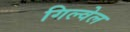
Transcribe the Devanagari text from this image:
गिल्वेल